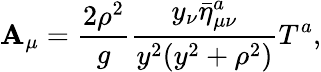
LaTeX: \mathbf{A}_{\mu}=\frac{{2\rho^{2}}}{{g}}\frac{{y_{\nu}\bar{{\eta}}_{\mu\nu}^{a}}}{{y^{2}(y^{2}+\rho^{2})}}T^{a},